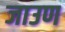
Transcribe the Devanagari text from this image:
जाउण